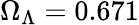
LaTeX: \Omega_{\Lambda}=0.671